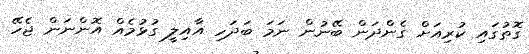
ގޮތުގައި ކުރިއަށް ގެންދަން ބޭނުން ނަމަ ބަދަހި އާއިލީ ގުޅުމެއް އޮންނަން ޖެހޭ